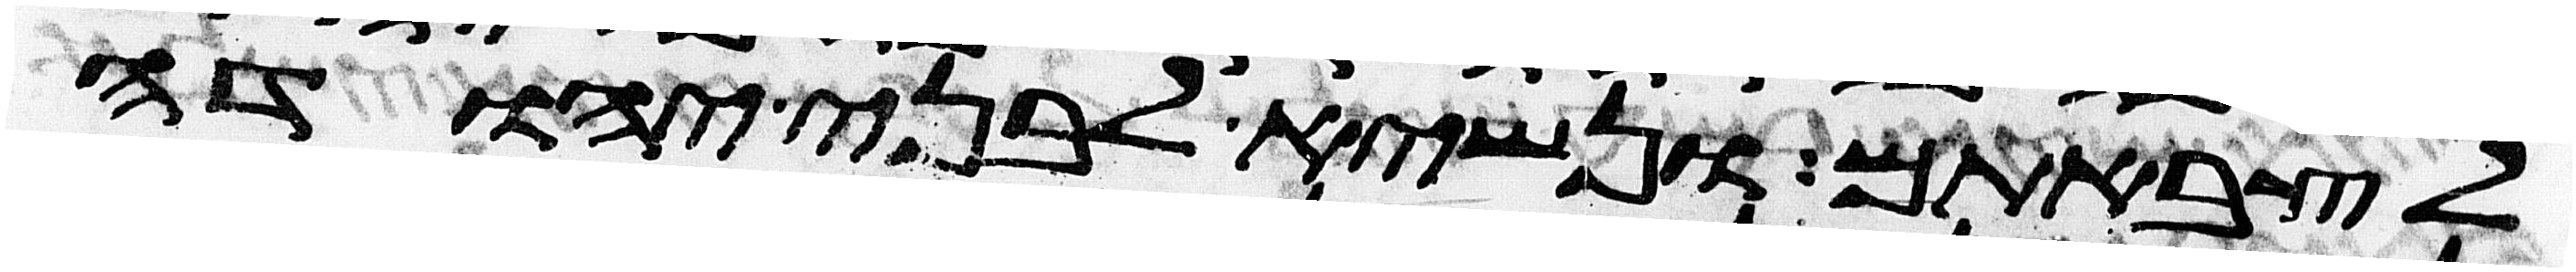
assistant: לצבאתם ונשיא לבני יהודה